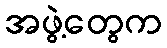
အဖွဲ့တွေက